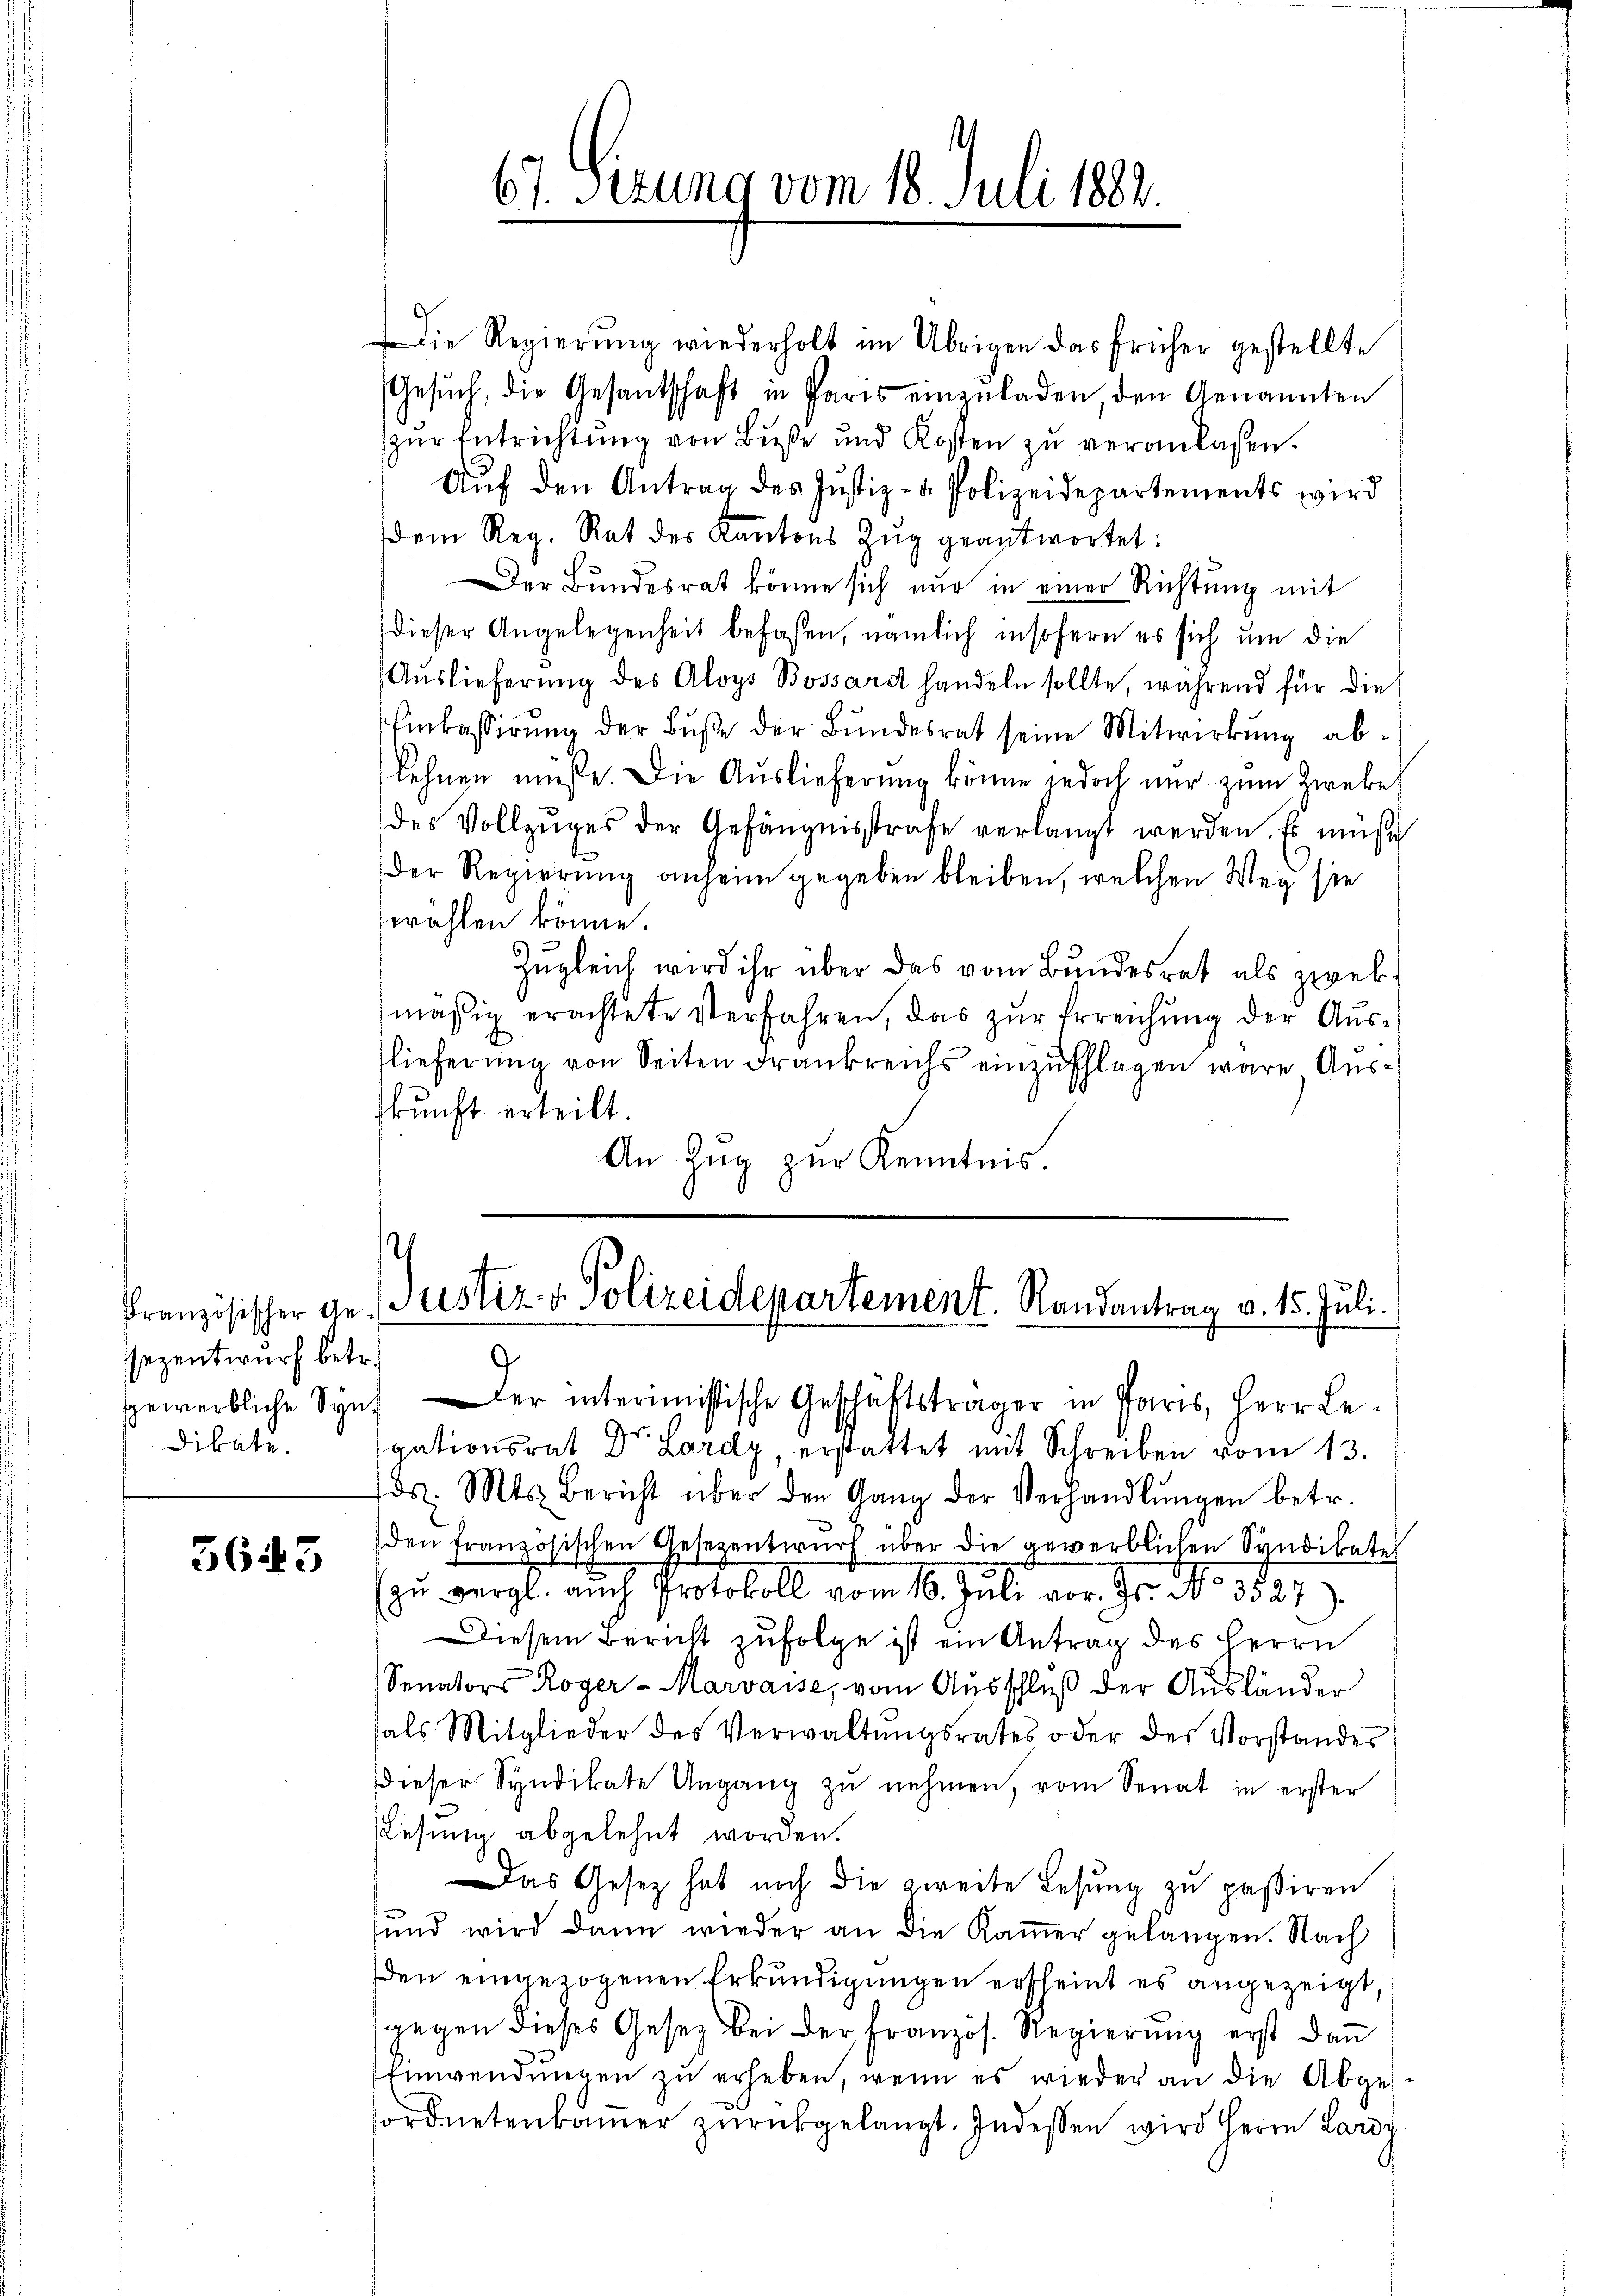
Gezentwurf betr.
dikate.

5643

Die Regierŭng wiederholt im Übrigen das früher gestellte
Gesŭch, die Gesantschaft in Paris einzŭladen, den Genannten
zur Entrichtung von Buße und Kosten zu veranlaßen.
Auf den Antrag des Justiz- & Polizeidepartements wird
dem Reg. Rat des Kantons Zŭg geantwortet:
Der Bundesrat könne sich nur in einer Richtung mit
dieser Angelegenheit befaßen, nämlich insofern es sich um die
Auslieferung des Aloys Bossard handeln sollte, während für die
Einkassirŭng der Bŭβe der Bŭndesrat seine Mitwirkung ab-
lehnen müsse. Die Auslieferung könne jedoch nur zum Zwekel
des Vollzŭges der Gefängnisstrafe verlangt werden. Es müsse
der Regierung anheim gegeben bleiben, welchen Weg sie
wählen könne.
Zugleich wird ihr über das vom Bundesrat als zwekmäßig erachtete Verfahren, das zur Erreichung der Auslieferung von Seiten Frankreichs einzuschlagen wäre Auskunft erteilt.
An Zug zur Kenntnis.

67. Sizung vom 18. Juli 1882.

2
Französischer ge- Justiz- & Polizeidepartement. Randantrag v. 15. Juli.

sewerbliche Syns der interimistische Geschäftsträger in Paris, Herr Le-
gationsrat Dr. Lardy, erstattet mit Schreiben vom 13.
ds. Mts. Bericht über den Gang der Verhandlŭngen betr.
den französischen Gesezentwŭrf über die gewerblichen Syndikate
(zu vergl. auch Protokoll vom 10. Juli vor Dr. No 1527)
Diesem Bericht zufolge ist ein Antrag des Herrn
Senators Roger-Marvaise, vom Ausschluß der Ausländer
als Mitglieder des Verwaltungsrates oder des Vorstandes
dieser Syndikate Angang zŭ nehmen, vom Senat in erster
Lesung abgelehnt worden.
Das Gesetz hat noch die zweite Lesung zu passiren
und wird dann wieder an die Kamer gelangen. Nach
den eingezogenen Erkundigungen erscheint es angezeigt,
gegen dieses Gesetz bei der französ. Regierŭng erst dan
Einwendungen zu erheben, wenn es wieder an die Abgesfordnetenkammer zurückgelangt. Indessen wird Herrn Lardy